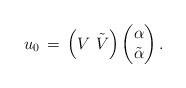
LaTeX: \begin{align*}u_0\,=\, \left(V \,\,\tilde{V}\right)\left(\begin{matrix}\alpha\\ \tilde{\alpha}\end{matrix}\right).\end{align*}